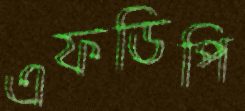
এফডিপি